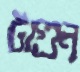
টাগুন